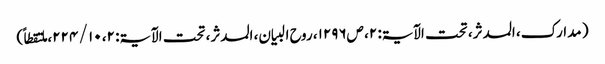
( مدارک، المدثر، تحت الآیۃ: ۲، ص۱۲۹۶، روح البیان، المدثر، تحت الآیۃ: ۲، ۱۰ / ۲۲۴، ملتقطاً)